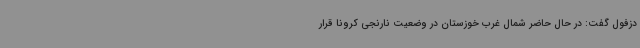
دزفول گفت: در حال حاضر شمال غرب خوزستان در وضعیت نارنجی کرونا قرار